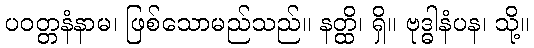
ပဝတ္တနံနာမ၊ ဖြစ်သောမည်သည်။ နတ္ထိ၊ ရှိ။ ဗုဒ္ဓါနံပန၊ သို့။